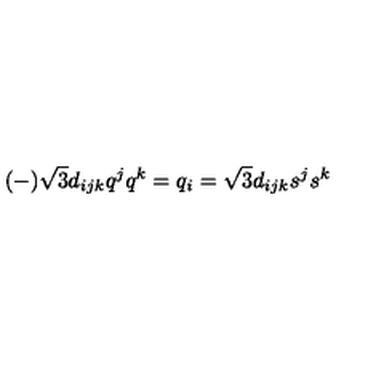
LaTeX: ( - ) \sqrt 3 d _ { i j k } q ^ { j } q ^ { k } = q _ { i } = \sqrt 3 d _ { i j k } s ^ { j } s ^ { k }